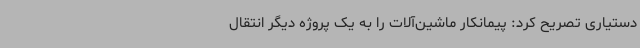
دستیاری تصریح کرد: پیمانکار ماشین‌آلات را به یک پروژه دیگر انتقال